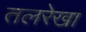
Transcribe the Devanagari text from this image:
तलरेखा